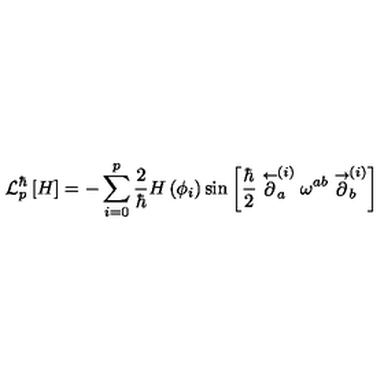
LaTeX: { \cal L } _ { p } ^ { \hbar } \left[ H \right] = - \sum _ { i = 0 } ^ { p } \frac { 2 } { \hbar } H \left( \phi _ { i } \right) \sin \left[ \frac { \hbar } { 2 } \stackrel { \leftarrow } { \partial } _ { a } ^ { ( i ) } \omega ^ { a b } \stackrel { \rightarrow } { \partial } _ { b } ^ { ( i ) } \right]